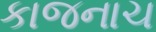
કાજનાચ